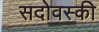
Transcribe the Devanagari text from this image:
सदोवस्की